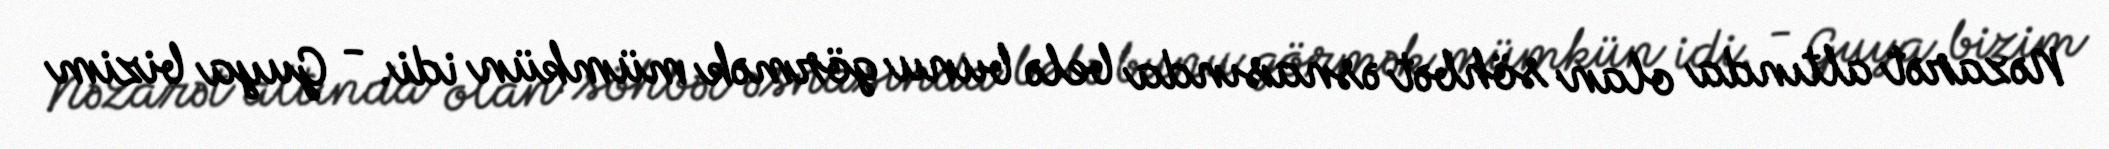
Nəzarət altında olan söhbət əsnasında belə bunu görmək mümkün idi. - Guya bizim